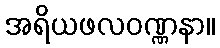
အရိယဖလဝဏ္ဏနာ။